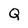
Character: Q